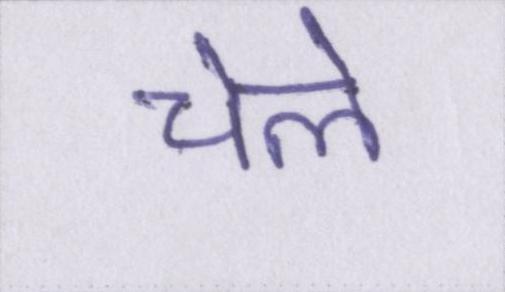
चेले